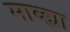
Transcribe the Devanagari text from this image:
माव्ह्या